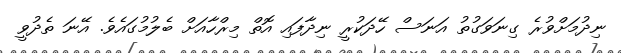
ނިދުމަށްވުރެ ގިނަވަގުތު އަނަސް ހޭދަކުރީ ނިދާފައި އޮތް މިރްހާއަށް ބެލުމުގައެވެ. އޭނަ ތެދުވީ